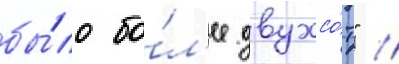
бы́ло бо́л'ее двухсо́т" //